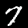
Label: 7